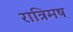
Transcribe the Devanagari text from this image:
रात्रिमष़